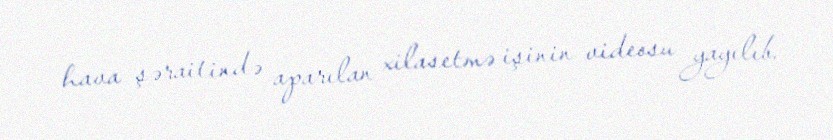
hava şəraitində aparılan xilasetmə işinin videosu yayılıb.